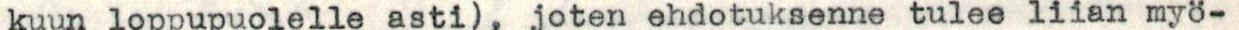
kuun loppupuolelle asti), joten ehdotuksenne tulee liian myö-